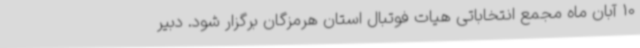
10 آبان ماه مجمع انتخاباتی هیات فوتبال استان هرمزگان برگزار شود. دبیر